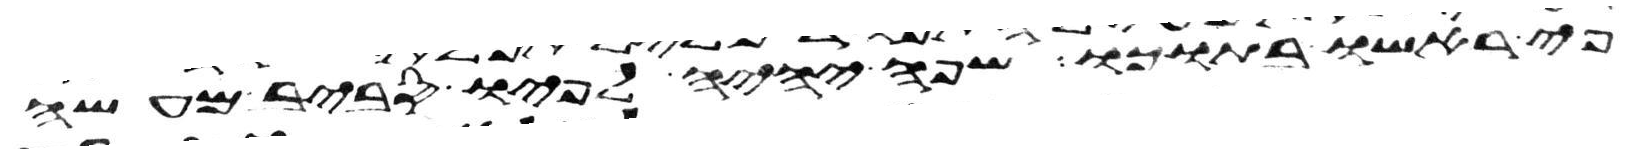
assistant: פי ראשו בתוכו שפה יהיה לפיו סביב מעשה